65_HS1-834228961_62-HQ-83894_Section_10
Agency: FBI
Page 106
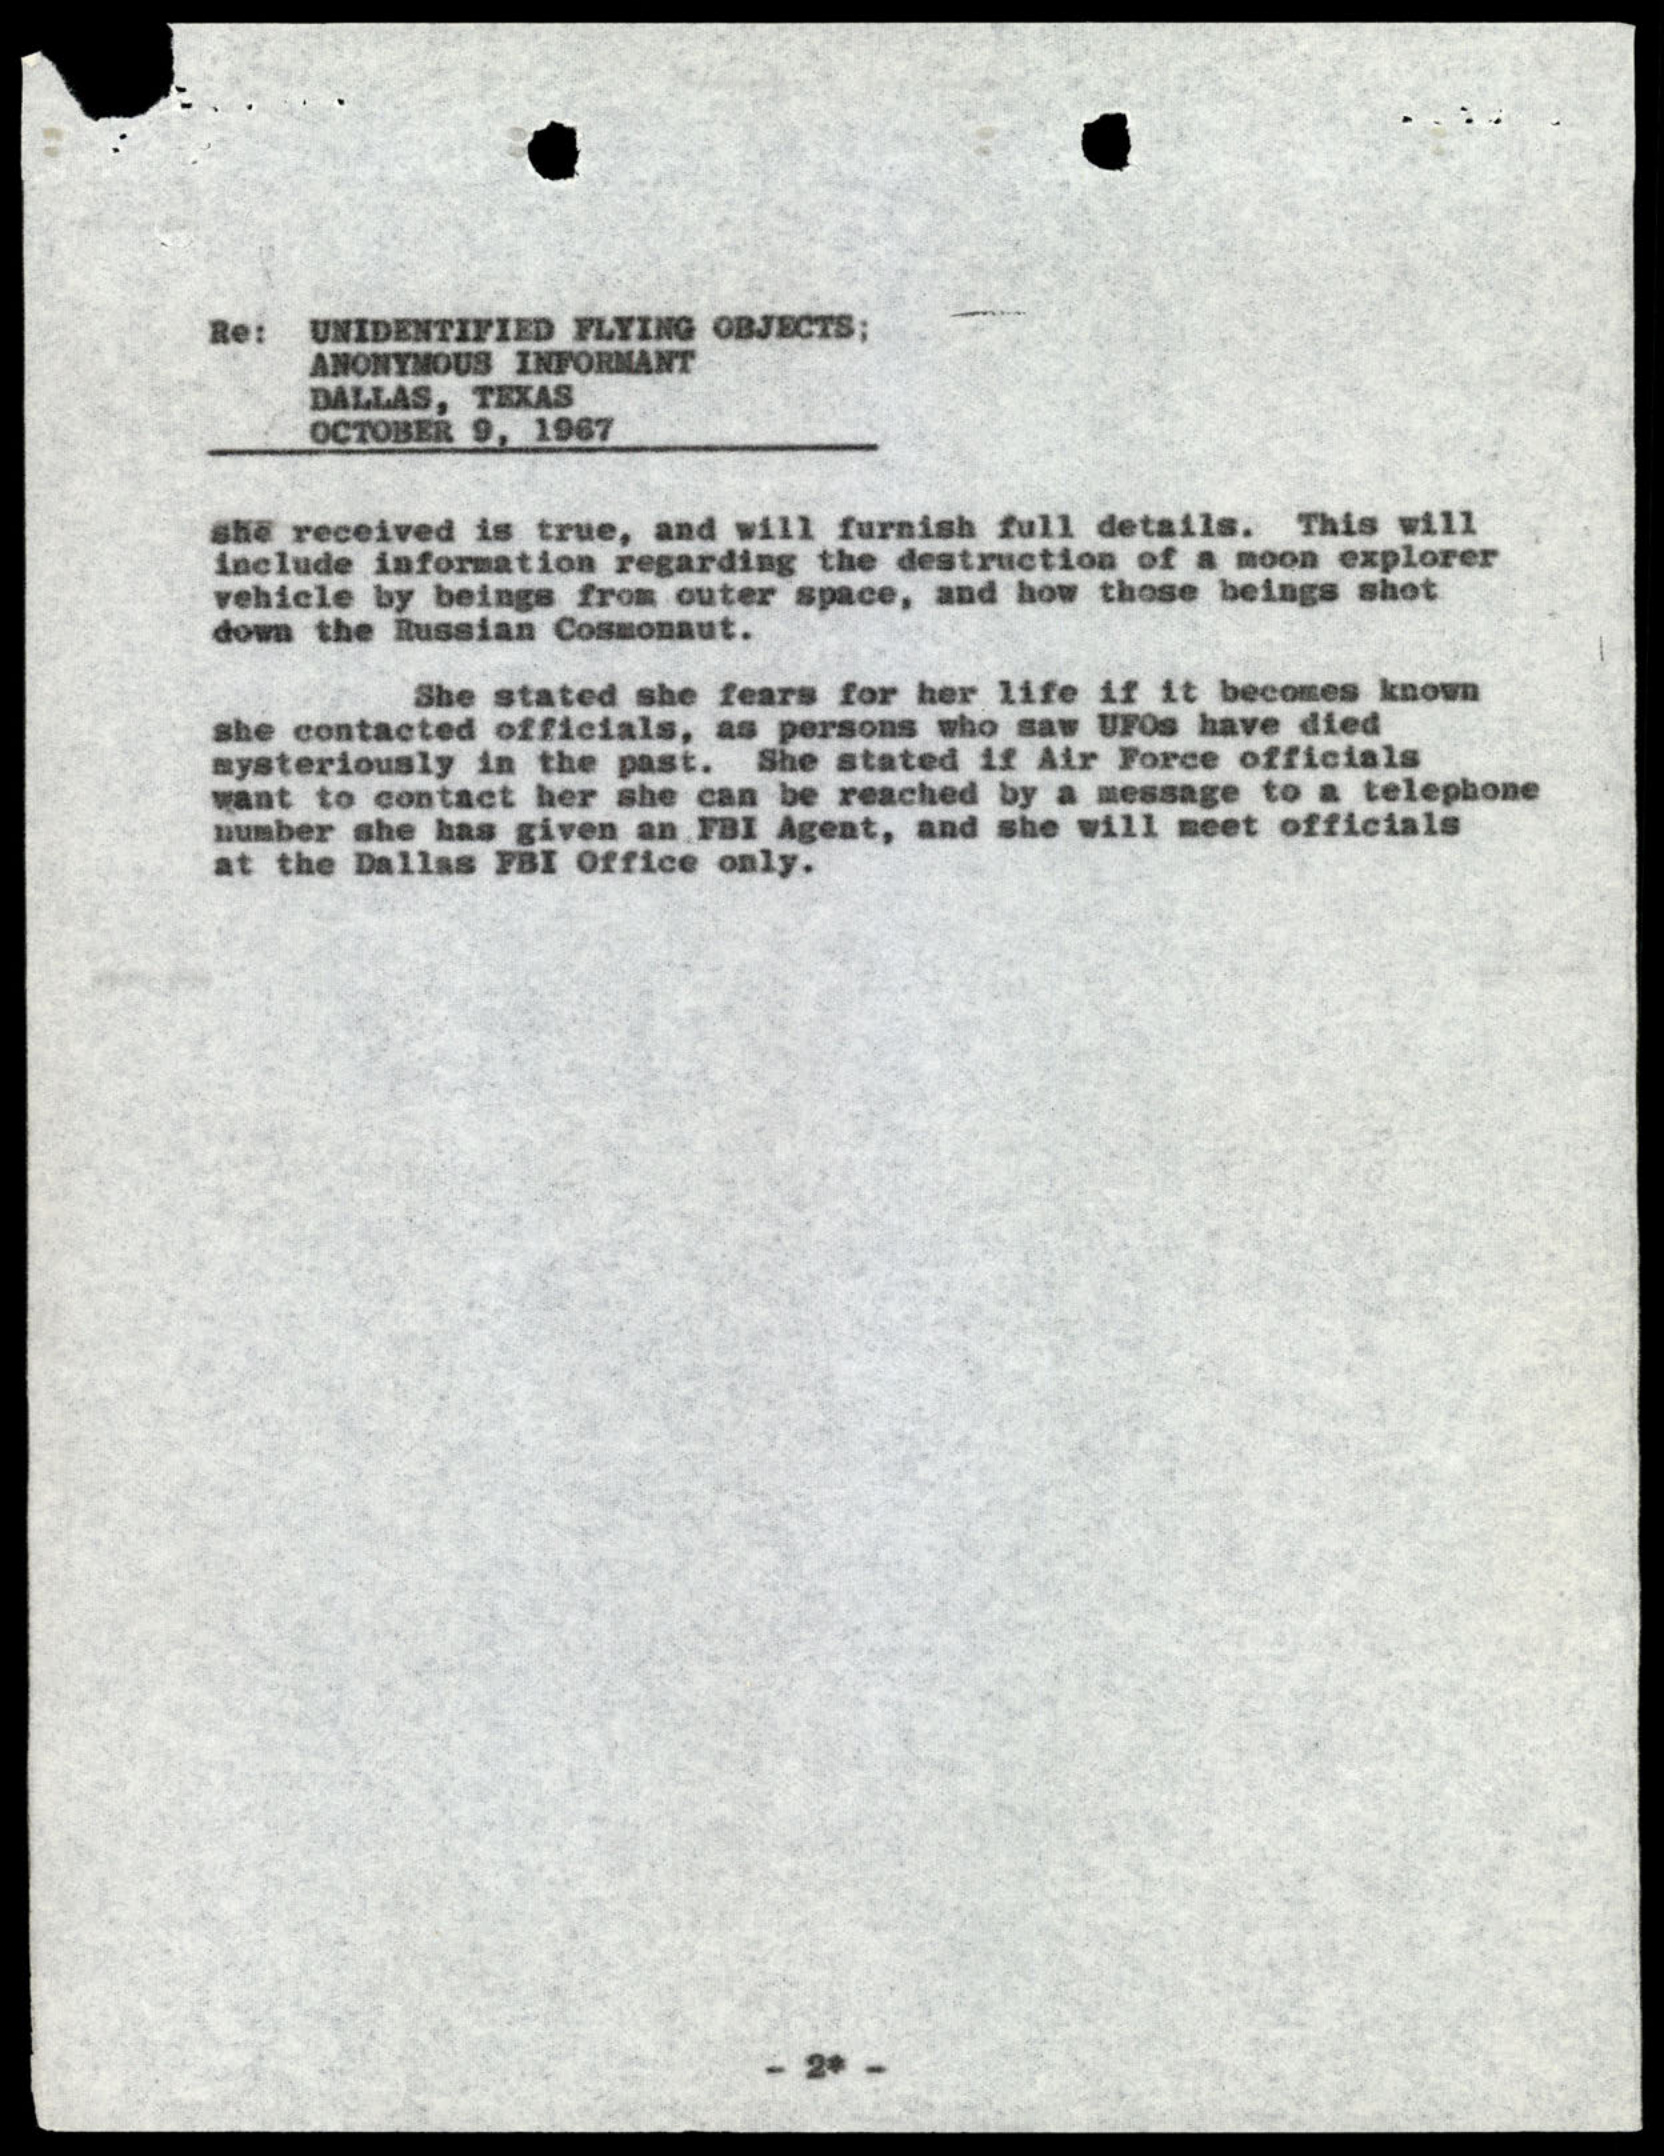